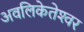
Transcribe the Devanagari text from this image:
अवलिकेतेश्‍वर